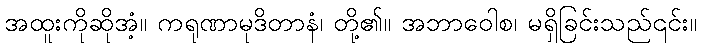
အထူးကိုဆိုအံ့။ ကရုဏာမုဒိတာနံ၊ တို့၏။ အဘာဝေါစ၊ မရှိခြင်းသည်၎င်း။